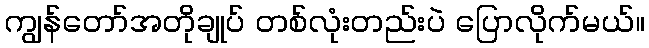
ကျွန်တော်အတိုချုပ် တစ်လုံးတည်းပဲ ပြောလိုက်မယ်။